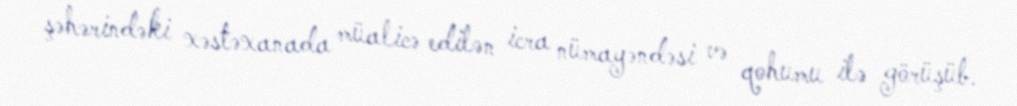
şəhərindəki xəstəxanada müalicə edilən icra nümayəndəsi və qohumu ilə görüşüb.